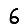
Digit: 6